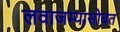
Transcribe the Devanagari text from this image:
लवाजम्यासोबत